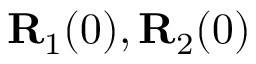
{ \bf R } _ { 1 } ( 0 ) , { \bf R } _ { 2 } ( 0 )